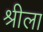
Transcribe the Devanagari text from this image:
श्रीला